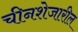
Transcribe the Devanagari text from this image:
चीनशेजारील